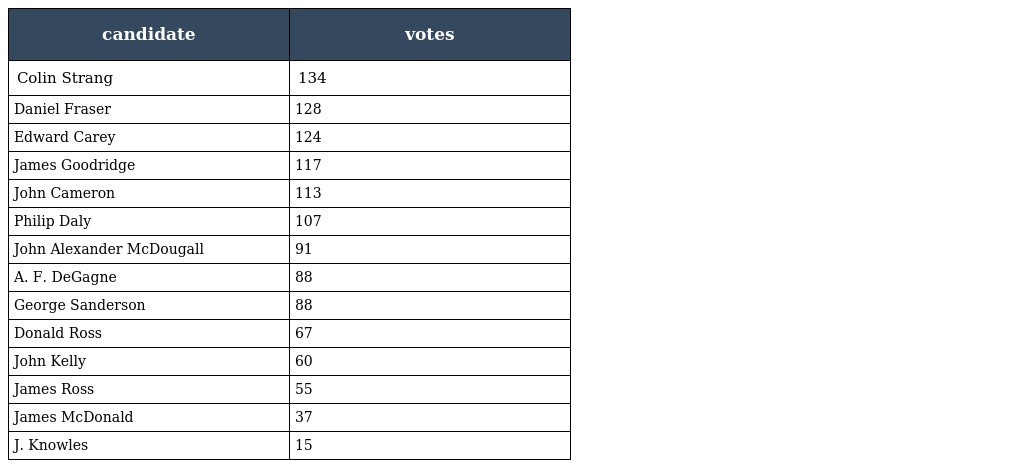
| candidate | votes |
 | --- | --- |
 | Colin Strang | 134 |
 | Daniel Fraser | 128 |
 | Edward Carey | 124 |
 | James Goodridge | 117 |
 | John Cameron | 113 |
 | Philip Daly | 107 |
 | John Alexander McDougall | 91 |
 | A. F. DeGagne | 88 |
 | George Sanderson | 88 |
 | Donald Ross | 67 |
 | John Kelly | 60 |
 | James Ross | 55 |
 | James McDonald | 37 |
 | J. Knowles | 15 |